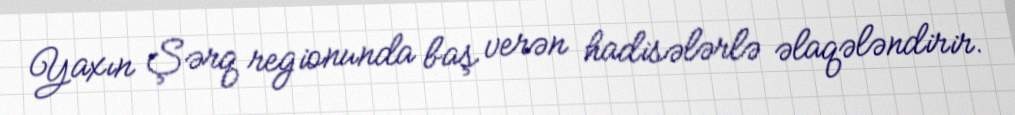
Yaxın Şərq regionunda baş verən hadisələrlə əlaqələndirir.